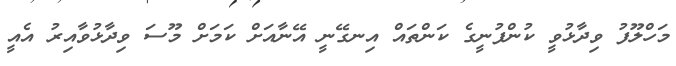
މަހްލޫފު ވިދާޅުވީ ކުންފުނީގެ ކަންތައް އިނގޭނީ އޭނާއަށް ކަމަށް މޫސަ ވިދާޅުވާއިރު އެއީ